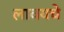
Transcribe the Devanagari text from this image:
लावयचे